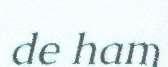
de ham